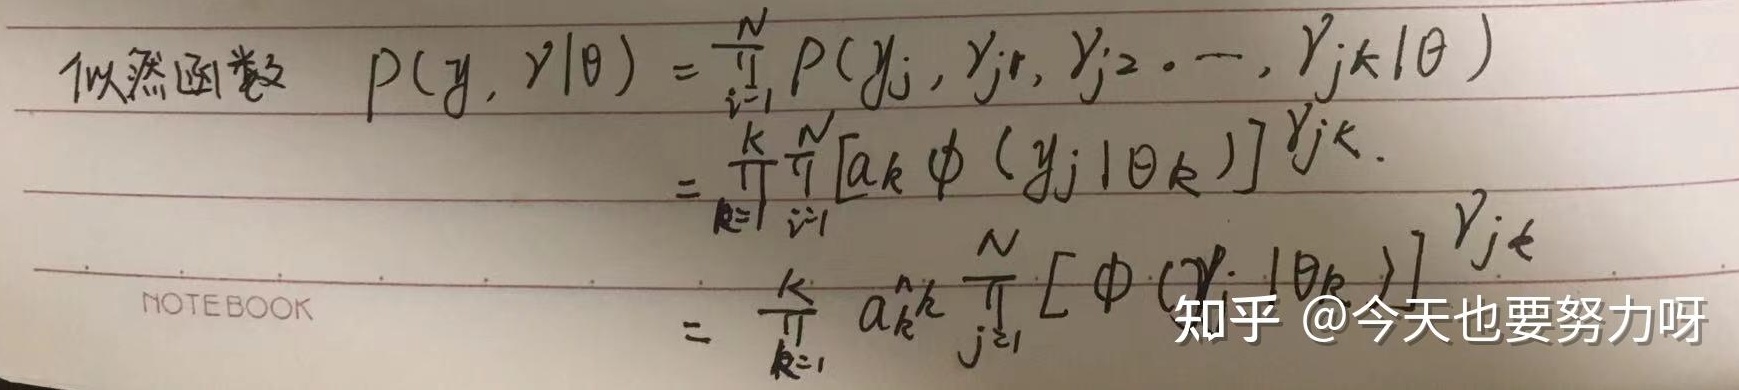
似然函数
\[
\begin{align*}
P(y, \gamma|\theta)&=\prod_{i = 1}^{N}P(y_{j}, \gamma_{j1}, \gamma_{j2}, \cdots, \gamma_{jk}|\theta)\\
&=\prod_{k = 1}^{K}\prod_{i = 1}^{N}[a_{k}\phi(y_{j}|\theta_{k})]^{\gamma_{jk}}\\
&=\prod_{k = 1}^{K}a_{k}^{n_{k}}\prod_{j = 1}^{N}[\phi(y_{j}|\theta_{k})]^{\gamma_{jk}}
\end{align*}
\]
NOTEBOOK知乎 @今天也要努力呀